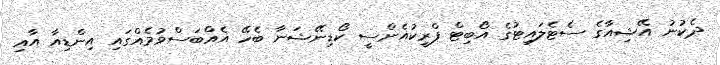
ދެކުނު އޭޝިއާގެ ސެޓެލައިޓުގެ އޯބިޓް ފްރީކުއެންސީ ކޯޑިނޭޝަނާ ބެހޭ އެއްބަސްވުމެއްގައި އިންޑިއާ އާއި